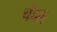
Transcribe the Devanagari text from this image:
चंदल